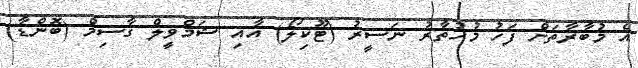
އެ މުބާރާތަށް ފަހު މުހުތާރު ނަސީރު (ޓޫކިލޯ) އާއި ޝަމްވީލް ގާސިމް (ބޮންޑާ)